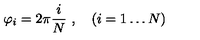
\varphi _ { i } = 2 \pi \frac { i } { N } \ , \quad ( i = 1 \dots N )